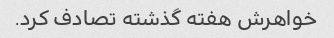
خواهرش هفته گذشته تصادف کرد.